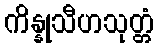
ကိန္နုသီဟသုတ္တံ